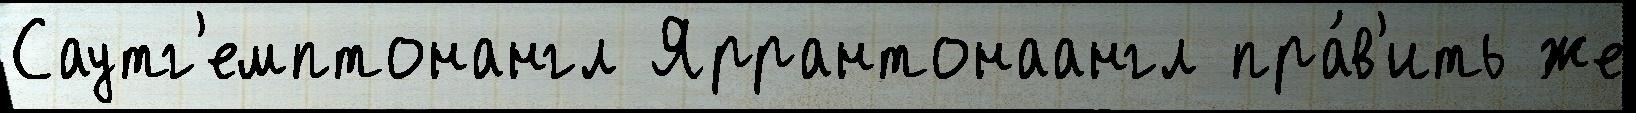
Саутг'емптонангл Яррантонаангл пра́в'ить же